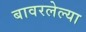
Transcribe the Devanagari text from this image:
बावरलेल्या